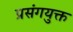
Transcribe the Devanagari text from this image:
प्रसंगयुक्त